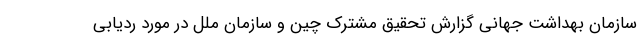
سازمان بهداشت جهانی گزارش تحقیق مشترک چین و سازمان ملل در مورد ردیابی